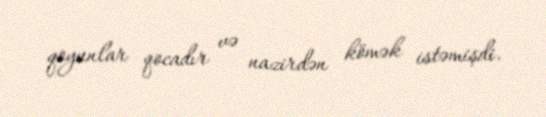
qoyunlar qocadır və nazirdən kömək istəmişdi.